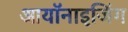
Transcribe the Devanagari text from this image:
आयॉनाइजिंग